Bréfritari: Sigríður Pálsdóttir
Viðtakandi: Páll Pálsson
Dagsetning: A-1868-04-13
Skrifað á: Breiðabólsstað  Rang.
Páll var bróðir Sigríðar

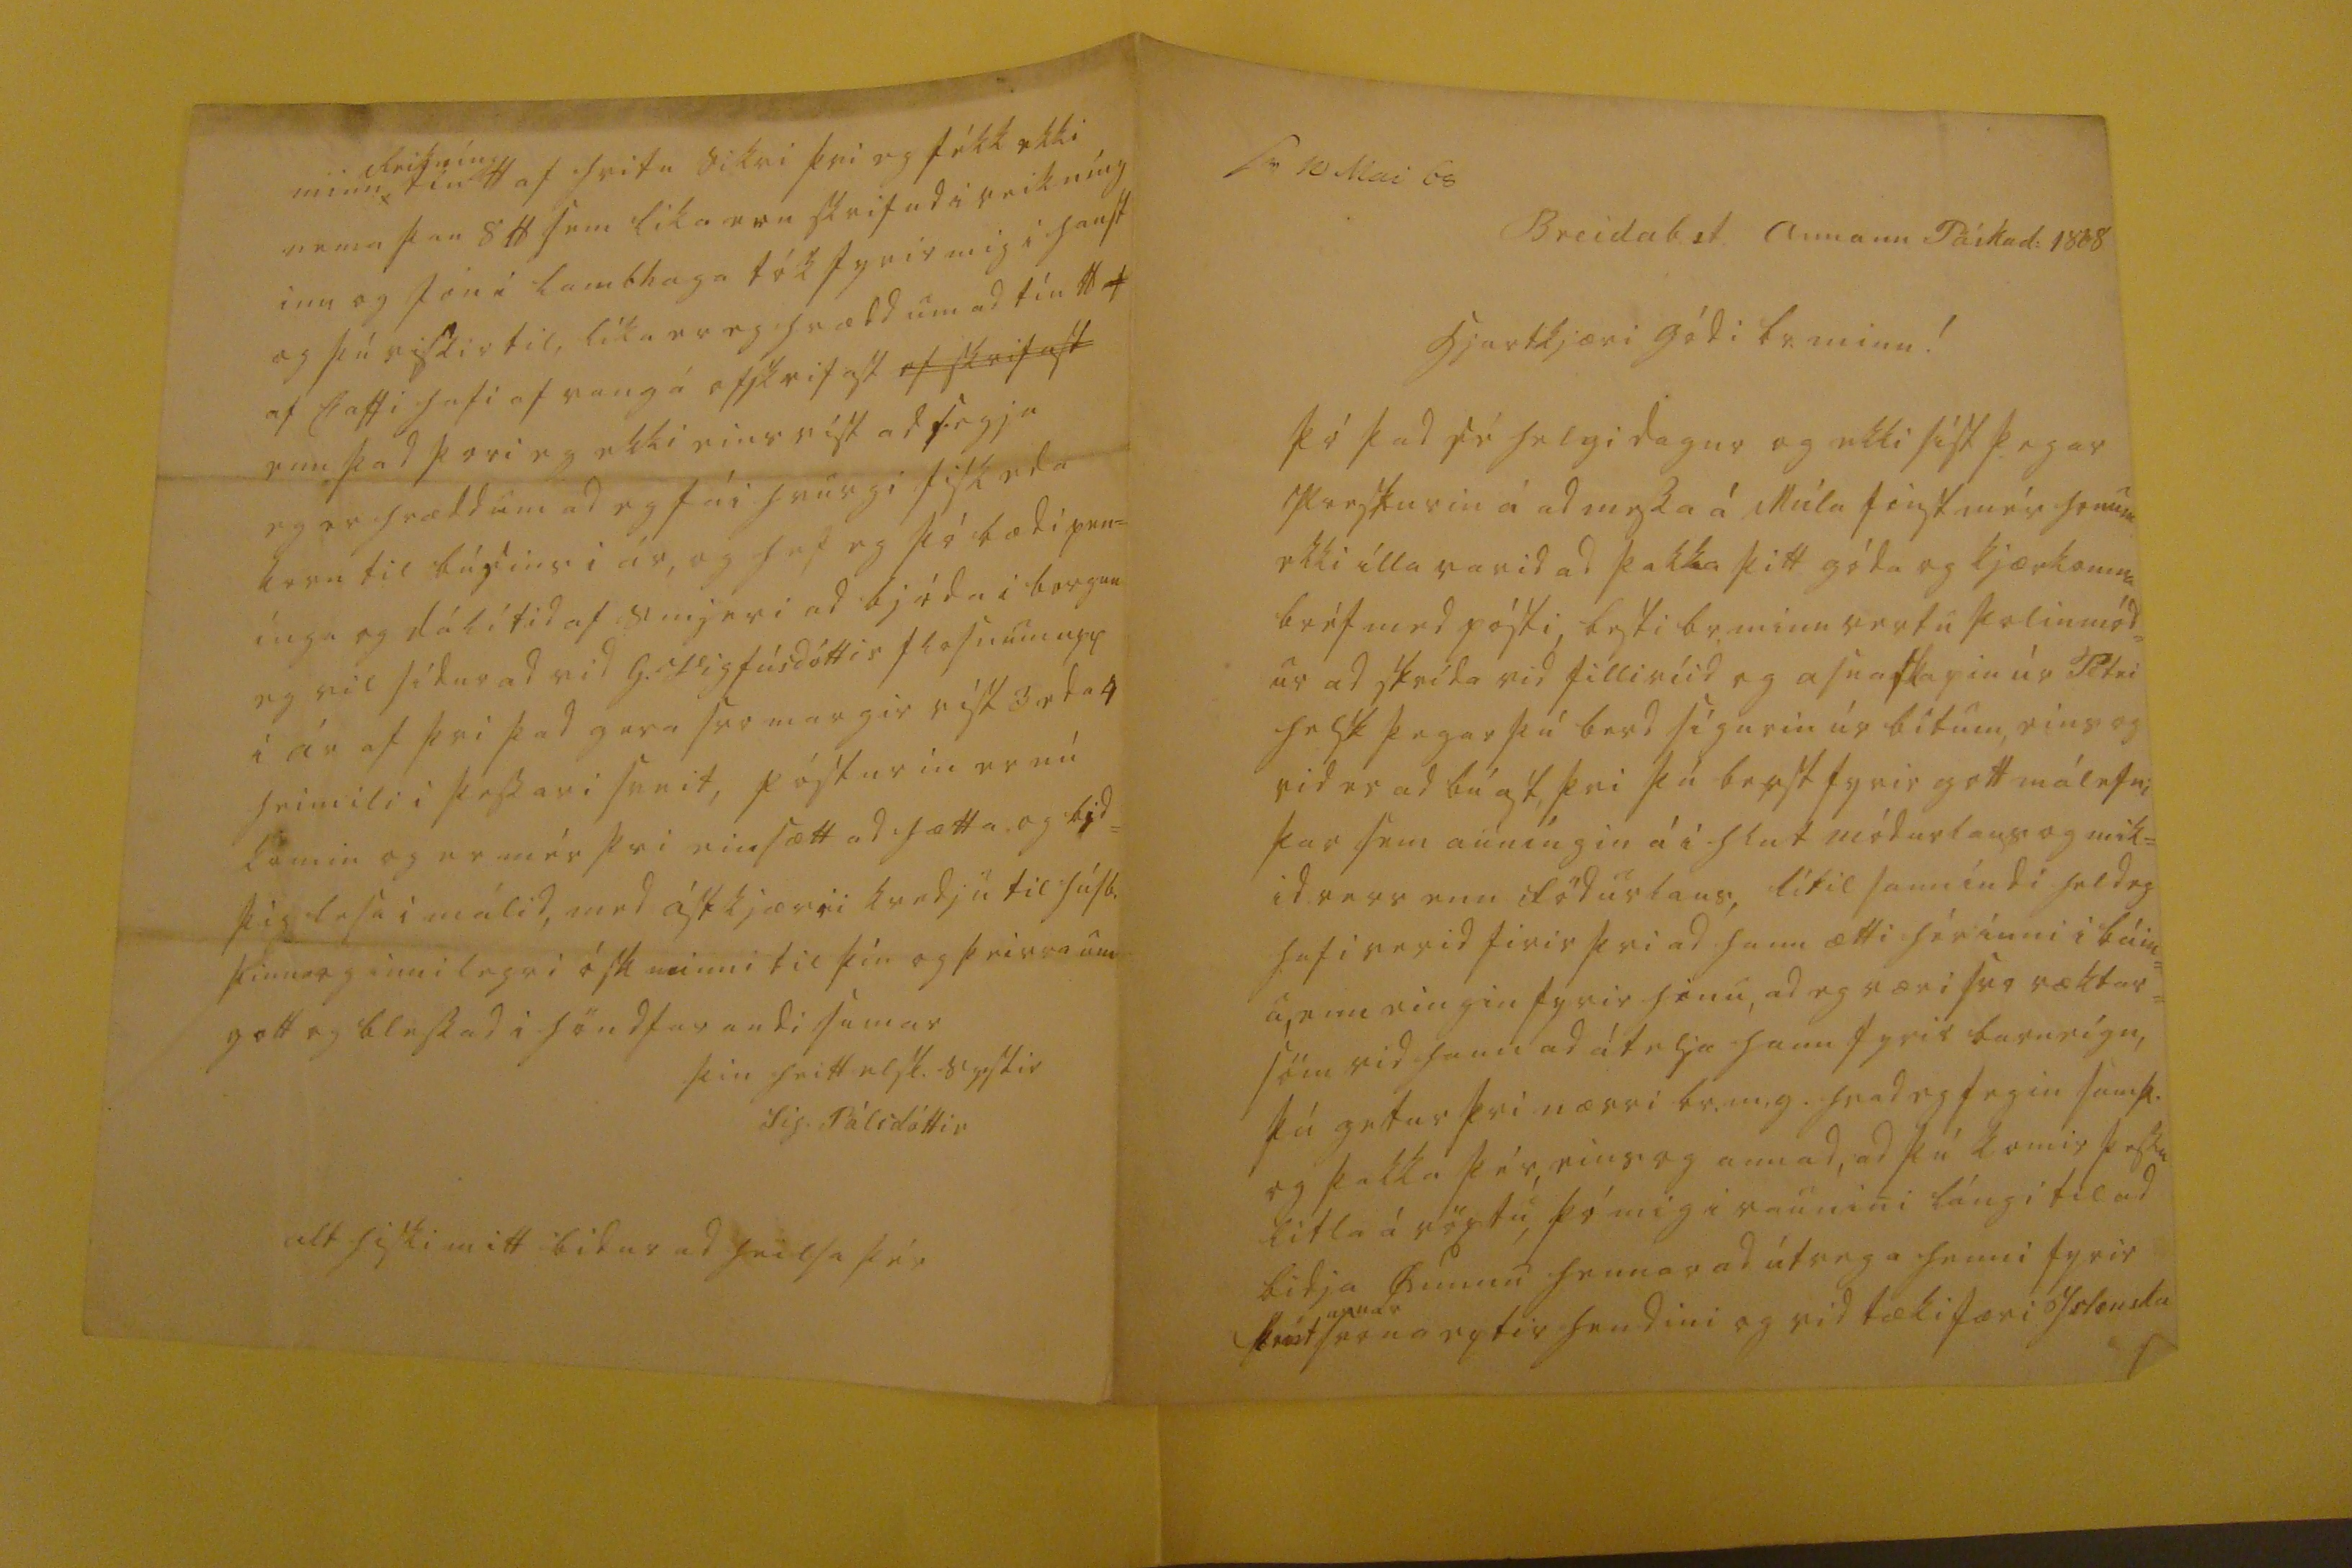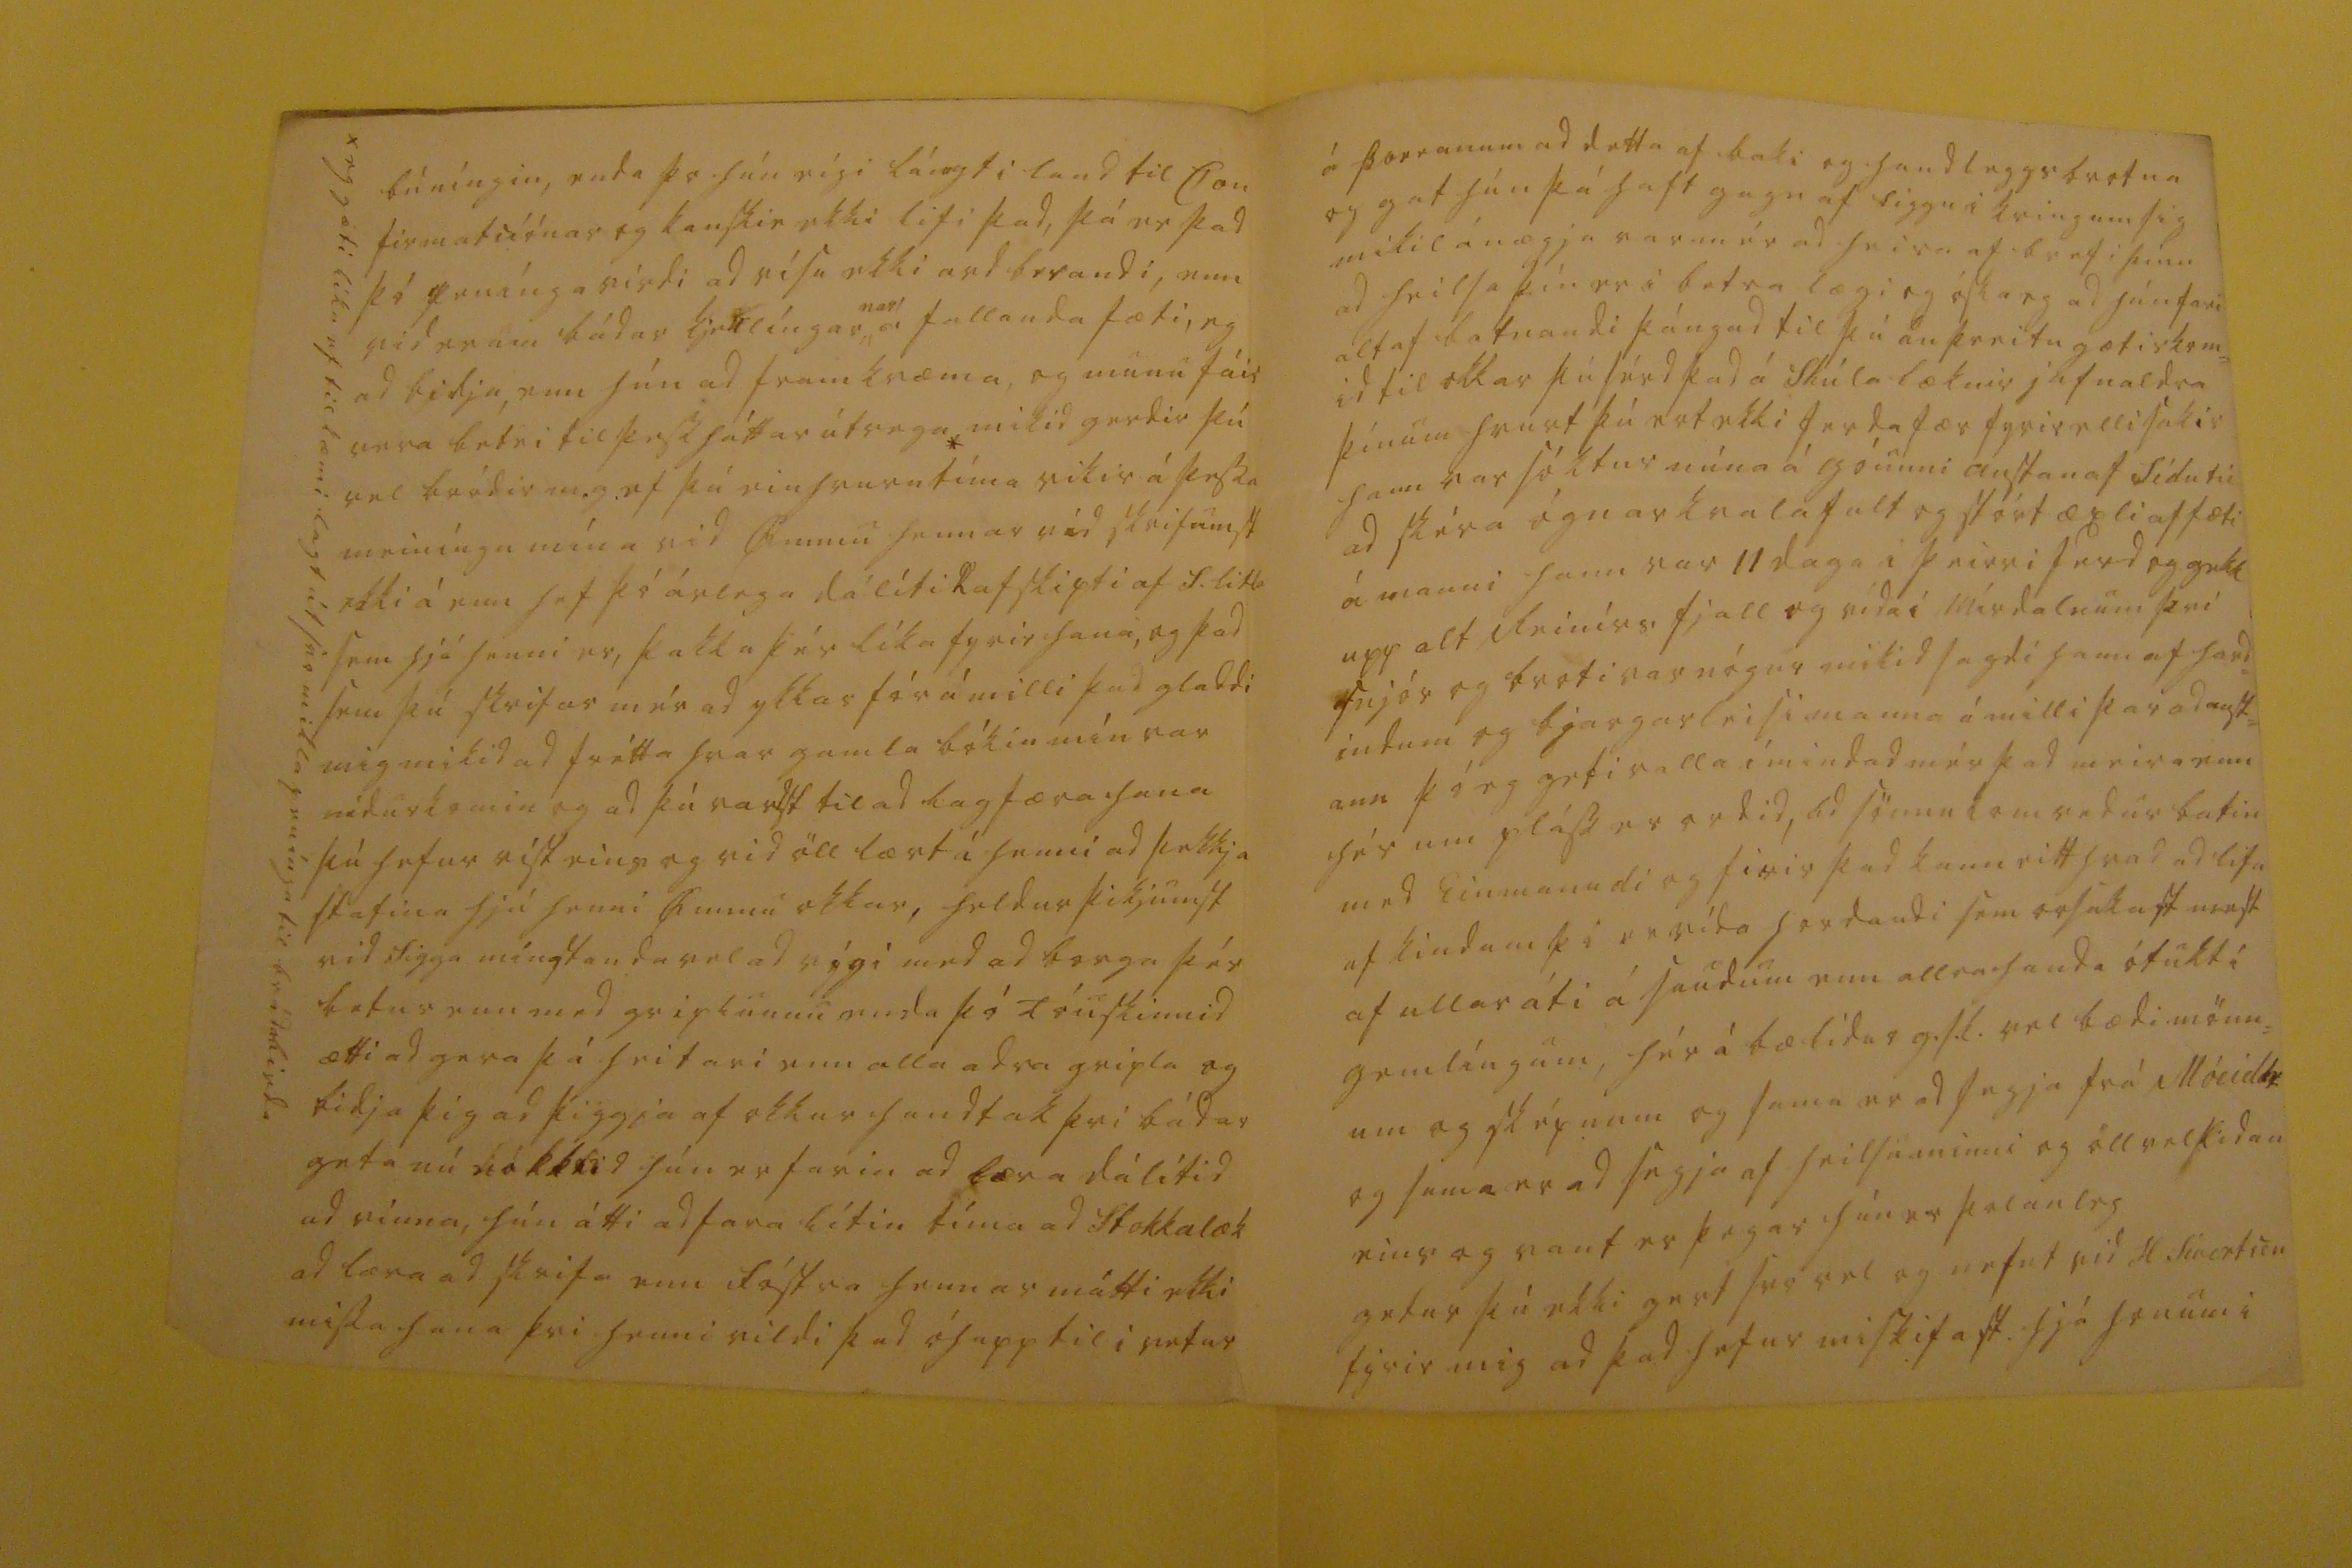

sv 10 Mai 68
Breidab.st. annann Páskad: 1868
hjartkjæri gódi br. minn!
þó þad sé helgidagur og ekki síst þegar presturin á ad messa á Múla finst mér honum ekki ílla varid ad þakka þitt góda og kjærkomna bréf med pósti, besti br. minn vertu þolinmód= ur ad skrída vid filliríid og asnaskapin úr Petri helst þegar þú berd sígurin úr bitum, eins og vid er ad búast, þvi þú berst fyrir gott málefni þar sem aumíngin á i hlut módurlaus og mik= id verr enn födurlaus, lítil sanníndi held eg hafi verid firir þvi ad hann ætti hér ínni i búin= u, enn eingin fyrir hinu, ad eg væri svo ræktar= söm vid hann ad átelja hann fyrir barneígn, þú getur þvi nærri br.m.g. hvad eg fegin samþ. og þakka þér, eins og annad, ad þú komir þessu litla á vöxtu, þó mig i raunini lángi til ad bidja
00mnu
hennar ad útvega henni fyrir
k000t
00nar
svona eptir hendini og vid tækifæri Islenska
búníngin, enda þo hún eígi lángt i land til Con firmatiíónar og kanskie ekki lifi þad, þá er þad þó peníngavirdi ad vísu ekki ard berandi, enn vid erum bádar kjellíngar
nar
á fallanda fæti, eg ad bidja, enn hún ad framkvæma, og munu fáir vera betri til þessháttar útvega * mikid gerdir þú vel bródir m.g. ef þú einhvurn tíma vikir á þessa meiníngu mína vid
O
mmu hennar vid skrifumst ekki á enn hef þó árlega dálítil afskipti af S. litla sem hjá henni er, þakka þér líka fyrir hana, og þad sem þú skrifar mér ad ykkar fór á milli þad gladdi mig mikid ad frétta hvar gamla bókin mín var nidurkomin og ad þú vardst til ad lagfæra hana þú hefur víst eins og vid öll lært í henni ad þekkja stafina hjá henni
Ö
mmu okkar, heldur þikjumst vid Sigga mín standa vel ad vígi med ad borga þér betur enn med griplunum enda þó Tóuskinnid ætti ad gera þá heitari enn alla adra gripla og bidja þig ad þiggja af okkur handtak þvi bádar geta nú
00kk0id
hún er farin ad læra dálítid ad vinna, hún átti ad fara lítin tíma ad Stokkalæk ad læra ad skrifa enn fóstra hennar mátti ekki missa hana þvi henni þad óhapp til i vetur
x eg gæti líka ef til kæmi lagt út svo mikla penínga til brádabirda
á þorranum ad detta af baki og handkleggsbrotna og gat hún þá haft gagn af Siggu i kringum sig mikil ánægja var mér ad heira af brefi þínu ad heilsa þín er i betra lægi og óska eg ad hún fari altaf batnandi þángad til þú án þreitu gætir kom= id til okkar þú sérd þad á Skúla læknir jafnaldra þínum hvurt þú ert ekki ferdafær fyrir ellisakir hann var sóktur núna á góunni austan af Sídu til ad skéra ógnarkvalafult og stórt æxli af fæti á manni hann var 11 daga i þeirri ferd og gekk upp alt Reinírs fjall og vída i Mírdalnum þvi snjór og broti var nógur mikid sagdi hann af hard= indum og bjargarleisi manna á milli þar ad aust= ann þó eg geti valla ímindad mér þad meira enn hér um pláss er ordid, ad sömu kom vedur batin med Einmanudi og firir þad kann eitthvad ad lifa af kindum þó er vída hardaudi sem orsakast mest af ullaráti á saudum enn allrahanda ótukt í gemlíngum, hér á bæ lídur g.s.l. vel bædi mönn= um og sképnum og sama er ad segja frá Móeidh
v
og sama er ad segja af heilsu minni og öllvel sídan eins og vant er þegar hún er þolanleg getur þú ekki gert svo vel og nefnt vid H.Sívertsen fyrir mig ad þad hefur mis
kifast
hjá honum i
minn
Reikníng
tíu
lb
af hvitu sikri þvi eg fékk ekki nema þau 8 lb sem lika eru skrifad i reikníng inn og Jón i Lambhaga tók fyrir mig i haust og þú vissir til, líka er eg hrædd um ad tíu lb af Caffi hafi af vang á ofskrifast
of skrifast
enn þad þori eg ekki eins víst ad segja eg er hrædd um ad eg fái hvurgi fisk eda korn til búsins i ár, og hef eg þó bædi pen= ínga og dálítid af smjeri ad bjóda i borgun eg vil sídur ad vid G. Vigfúsdóttir flosnum upp i ár af þvi þad gera svo margir víst 3 eda 4 heimili i þessari sveit, pósturin er nú komin og er mér þvi einsætt ad hætta og bid= þig lesa i málid, med ástkjærri kvedju til húsb. þinna og innilegri ósk minni til þín og þeirra um gott og blessad i höndfarandi sumar
þin heittelsk. systir
Sig. Pálsdóttir
alt hiski mitt bidur ad heilsa þér